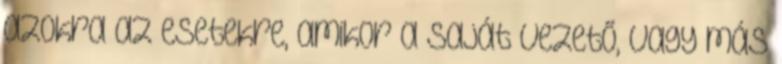
azokra az esetekre, amikor a saját vezető, vagy más